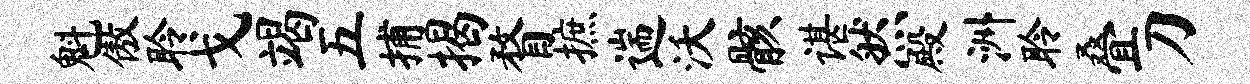
魁傲聆戈竭五捕揭瞀摭遄沃骸谌然殿洲聆叠刀